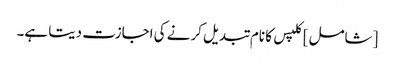
[شامل] کلپس کا نام تبدیل کرنے کی اجازت دیتا ہے۔